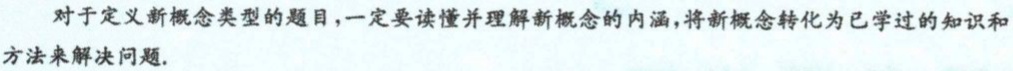
对于定义新概念类型的题目，一定要读懂并理解新概念的内涵，将新概念转化为已学过的知识和方法来解决问题.